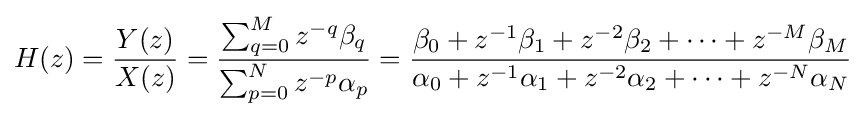
H(z)={\frac {Y(z)}{X(z)}}={\frac {\sum _{q=0}^{M}z^{-q}\beta _{q}}{\sum _{p=0}^{N}z^{-p}\alpha _{p}}}={\frac {\beta _{0}+z^{-1}\beta _{1}+z^{-2}\beta _{2}+\cdots +z^{-M}\beta _{M}}{\alpha _{0}+z^{-1}\alpha _{1}+z^{-2}\alpha _{2}+\cdots +z^{-N}\alpha _{N}}}